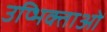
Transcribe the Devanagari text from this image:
उप्भिक्ताओं